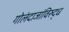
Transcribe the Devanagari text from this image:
गोलंदाजांविरुद्ध